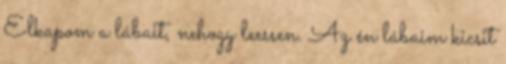
Elkapom a lábait, nehogy leessen. Az én lábaim kicsit